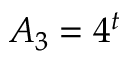
A _ { 3 } = 4 ^ { t }